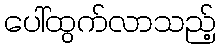
ပေါ်ထွက်လာသည့်